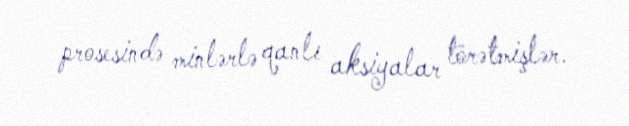
prosesində minlərlə qanlı aksiyalar törətmişlər.